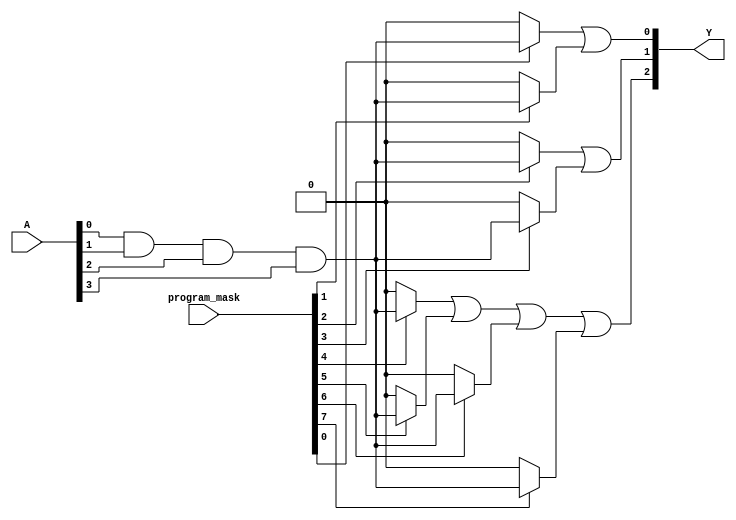
module MaskedPAL (
    input wire [3:0] A, // 4-bit input (A, B, C, D)
    input wire [7:0] program_mask, // 8-bit mask for AND gate programming
    output wire [2:0] Y // 3 outputs (Y1, Y2, Y3)
);

// AND gate outputs (for a maximum of 8 AND gates)
wire [7:0] and_out;

// AND gate logic (programmable)
generate
    genvar i;
    for (i = 0; i < 8; i = i + 1) begin : and_gates
        // Each AND gate checks the corresponding mask bit
        assign and_out[i] = (program_mask[i]) ? (A[0] & A[1] & A[2] & A[3]) : 1'b0; // Example: All inputs ANDed
    end
endgenerate

// OR gate logic (fixed connections)
assign Y[0] = and_out[0] | and_out[1]; // Y1 = AND0 OR AND1
assign Y[1] = and_out[2] | and_out[3]; // Y2 = AND2 OR AND3
assign Y[2] = and_out[4] | and_out[5] | and_out[6] | and_out[7]; // Y3 = AND4 OR AND5 OR AND6 OR AND7

endmodule